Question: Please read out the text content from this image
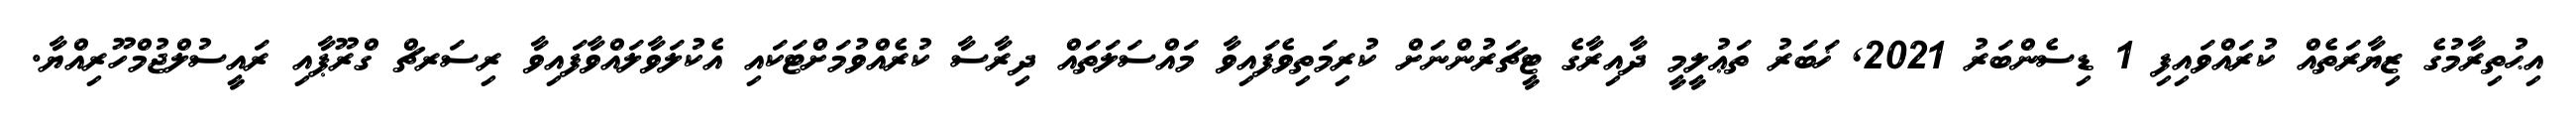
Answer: އިޙުތިރާމުގެ ޒިޔާރަތެއް ކުރައްވައިފި 1 ޑިސެންބަރު 2021, ޚަބަރު ތަޢުލީމީ ދާއިރާގެ ޓީޗަރުންނަށް ކުރިމަތިވެފައިވާ މައްސަލަތައް ދިރާސާ ކުރެއްވުމަށްޓަކައި އެކުލަވާލައްވާފައިވާ ރިސަރޗް ގްރޫޕާއި ރައީސުލްޖުމްހޫރިއްޔާ.